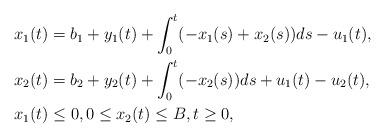
LaTeX: \begin{align*}x_1(t) &= b_1 + y_1(t) + \int_0^t(-x_1(s) + x_2(s))ds - u_1(t), \\x_2(t) &= b_2 + y_2(t) + \int_0^t(-x_2(s))ds + u_1(t) - u_2(t), \\x_1(t) &\le 0, 0 \le x_2(t) \le B, t \ge 0, \end{align*}